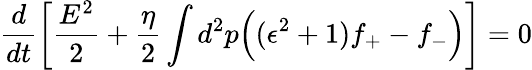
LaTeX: \frac{d}{dt}\left[\frac{E^{2}}{2}+\frac{\eta}{2}\int d^{2}p\Big((\epsilon^{2}+1)f_{+}-f_{-}\Big)\right]=0